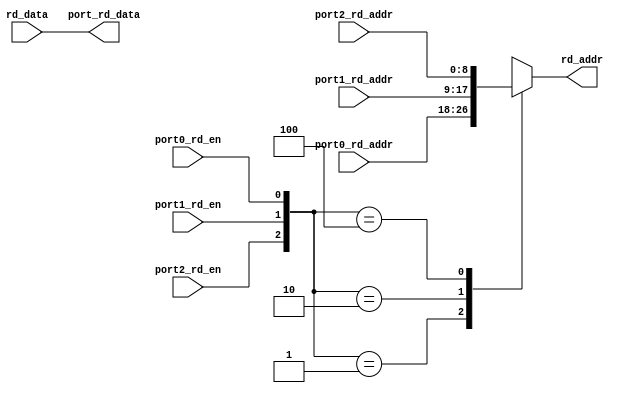
module sgpr_3to1_rd_port_mux (
  port0_rd_en,
  port0_rd_addr,

  port1_rd_en,
  port1_rd_addr,

  port2_rd_en,
  port2_rd_addr,

  port_rd_data,

  rd_addr,
  rd_data
);

  input         port0_rd_en;
  input [8:0]   port0_rd_addr;

  input         port1_rd_en;
  input [8:0]   port1_rd_addr;

  input         port2_rd_en;
  input [8:0]   port2_rd_addr;

  input [127:0] rd_data;
  output [127:0] port_rd_data;
  output [8:0]  rd_addr;

  reg [8:0]     rd_addr;

  assign port_rd_data = rd_data;

  always @ (
    port0_rd_en or
    port1_rd_en or
    port2_rd_en or
    port0_rd_addr or
    port1_rd_addr or
    port2_rd_addr
  ) begin
      casex({port2_rd_en,port1_rd_en,port0_rd_en})
        3'b001:
          begin
            rd_addr <= port0_rd_addr;
          end
        3'b010:
          begin
            rd_addr <= port1_rd_addr;
          end
        3'b100:
          begin
            rd_addr <= port2_rd_addr;
          end
        default:
          begin
            rd_addr <= {9{1'bx}};
          end
      endcase
    end

endmodule